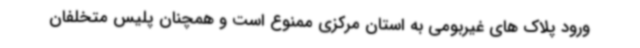
ورود پلاک های غیربومی به استان مرکزی ممنوع است و همچنان پلیس متخلفان